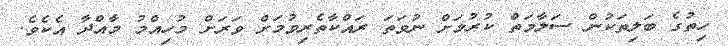
ހިތުގެ ބަލިތަކުން ސަލާމަތް ކުރުމަށް ނުވަތަ ރައްކާތެރިވުމަށް ވަރަށް މުހިއްމު މާއްދާ އެކެވެ.